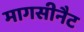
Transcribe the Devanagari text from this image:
मागसीनैट